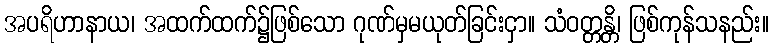
အပရိဟာနာယ၊ အထက်ထက်၌ဖြစ်သော ဂုဏ်မှမယုတ်ခြင်းငှာ။ သံဝတ္တန္တိ၊ ဖြစ်ကုန်သနည်း။